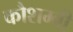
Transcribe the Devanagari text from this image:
कौशम्बी